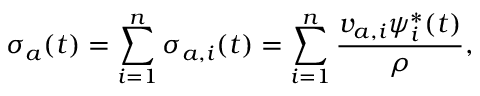
\sigma _ { a } ( t ) = \sum _ { i = 1 } ^ { n } \sigma _ { a , i } ( t ) = \sum _ { i = 1 } ^ { n } \frac { v _ { a , i } \psi _ { i } ^ { * } ( t ) } { \rho } ,